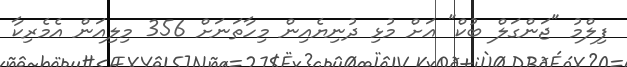
ފިލްމު "ޖަންގަލް ބުކް" އަށް މުޅި ދުނިޔެއިން މިހާތަނަށް 356 މިލިއަން އެމެރިކާ